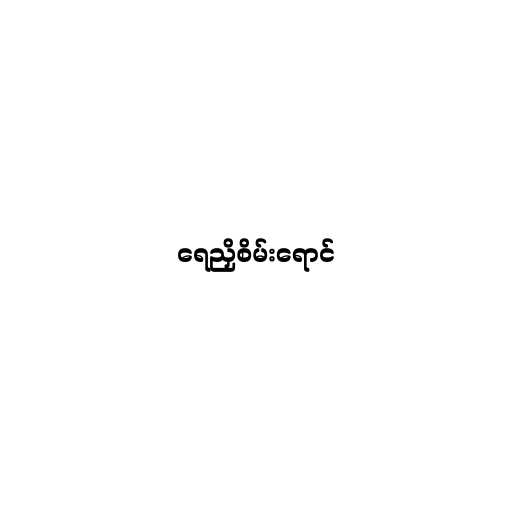
ရေညှိစိမ်းရောင်